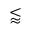
\lessapprox